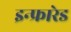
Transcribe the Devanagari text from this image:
इन्‍फ्रारेड